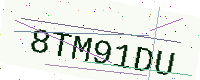
Text: 8TM91DU